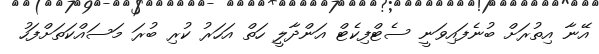
އޭނާ އިތުރަށް ބުނެފައިވަނީ ސެޓްފިކެޓް އަންދާލީ ހަތް އަހަރު ކުރި ބުރަ މަސައްކަތަށްފަހު